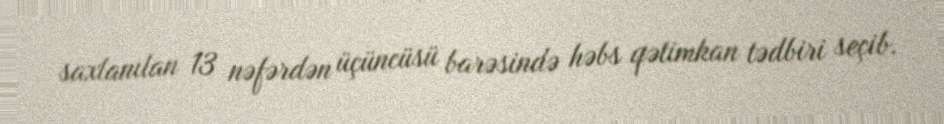
saxlanılan 13 nəfərdən üçüncüsü barəsində həbs qətimkan tədbiri seçib.